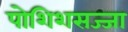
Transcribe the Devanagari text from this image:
पोशिशसज्जा